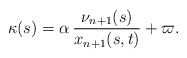
\begin{align*}\kappa(s)=\alpha\,\frac{\nu_{n+1}(s)}{x_{n+1}(s,t)}+\varpi.\end{align*}